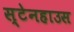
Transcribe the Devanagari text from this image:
स्टेनहाउस